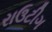
રાઉટીગ